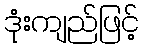
ဒုံးကျည်ဖြင့်